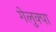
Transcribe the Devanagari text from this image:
गेलुक्पा